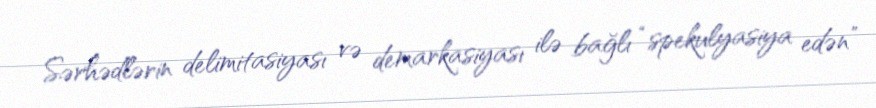
Sərhədlərin delimitasiyası və demarkasiyası ilə bağlı “spekulyasiya edən”